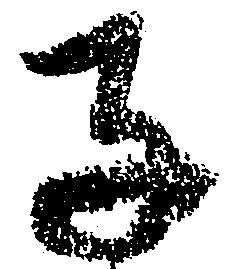
子